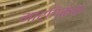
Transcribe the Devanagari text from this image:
मार्गिकेचा